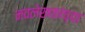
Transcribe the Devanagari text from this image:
नवलेखकांच्या